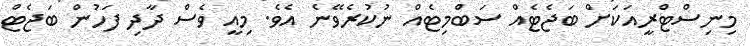
މިނިސްޓްރީއަކަށް ބަޖެޓެއް ސަބްމިޓެއް ނުކުރެވޭނެ އެވެ. މިއީ ވެސް ދާދި ފަހުން ބަޖެޓް